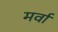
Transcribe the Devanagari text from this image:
मर्वा